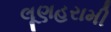
લૂણહરામી